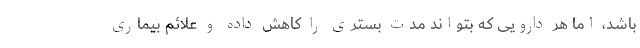
باشد، اما هر دارویی که بتواند مدت بستری را کاهش داده و علائم بیماری